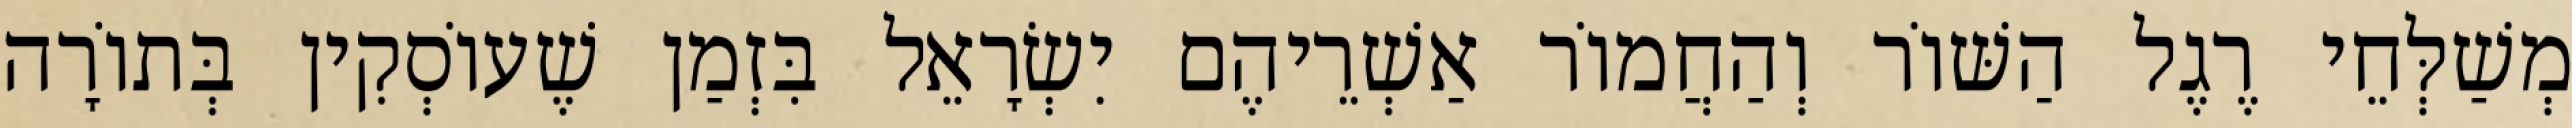
מְשַׁלְּחֵי רֶגֶל הַשּׁוֹר וְהַחֲמוֹר אַשְׁרֵיהֶם יִשְׂרָאֵל בִּזְמַן שֶׁעוֹסְקִין בְּתוֹרָה